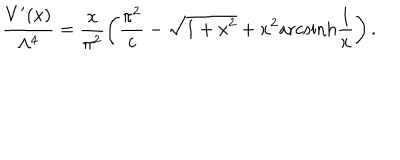
\frac { V ^ { \prime } ( x ) } { \Lambda ^ { 4 } } = \frac { x } { \pi ^ { 2 } } \left( \frac { \pi ^ { 2 } } { c } - \sqrt { 1 + x ^ { 2 } } + x ^ { 2 } \mathrm { a r c s i n h } \frac { 1 } { x } \right) .